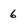
Character: 6